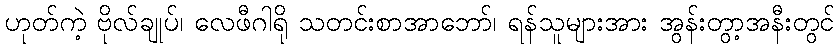
ဟုတ်ကဲ့ ဗိုလ်ချုပ်၊ လေဖီဂါရို သတင်းစာအာဘော်၊ ရန်သူများအား အွန်းတွာ့အနီးတွင်